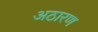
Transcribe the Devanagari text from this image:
अठारण